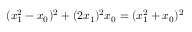
( x _ { 1 } ^ { 2 } - x _ { 0 } ) ^ { 2 } + ( 2 x _ { 1 } ) ^ { 2 } x _ { 0 } = ( x _ { 1 } ^ { 2 } + x _ { 0 } ) ^ { 2 }